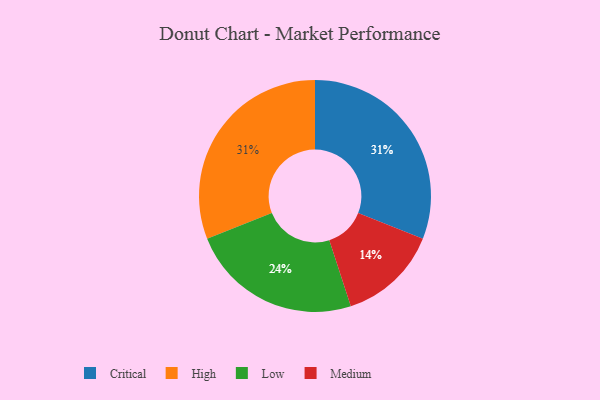
{"axis": {"x": "Category", "y": "Percentage"}, "legend": ["Critical", "High", "Low", "Medium"], "data": [{"x": "Low", "y": 24, "type": "Low"}, {"x": "Medium", "y": 14, "type": "Medium"}, {"x": "Critical", "y": 31, "type": "Critical"}, {"x": "High", "y": 31, "type": "High"}]}